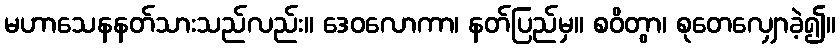
မဟာသေနနတ်သားသည်လည်း။ ဒေဝလောကာ၊ နတ်ပြည်မှ။ စဝိတွာ၊ စုတေလျှောခဲ့၍။